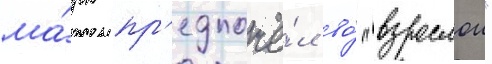
ма́рк пр'едпочё́л во́ "взрослои"